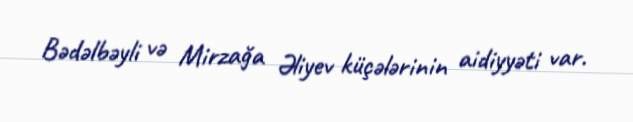
Bədəlbəyli və Mirzağa Əliyev küçələrinin aidiyyəti var.